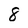
Character: 8